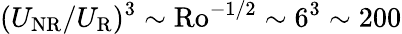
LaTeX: (U_{\mathrm{NR}}/U_{\mathrm{R}})^{3}\sim\mathrm{Ro}^{-1/2}\sim 6^{3}\sim 200